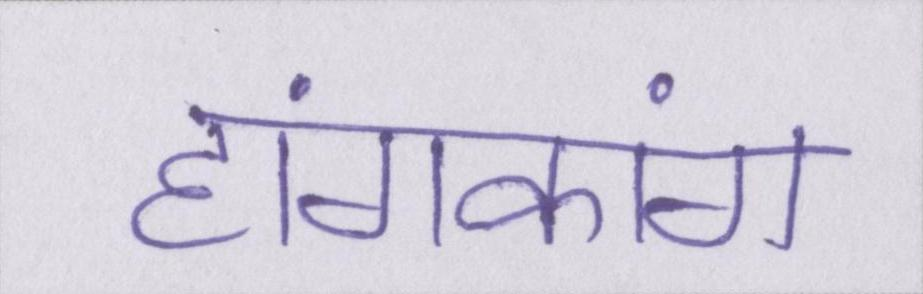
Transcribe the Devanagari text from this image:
हांगकांग